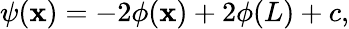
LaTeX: \psi(\mathbf{x})=-2\phi(\mathbf{x})+2\phi(L)+c,